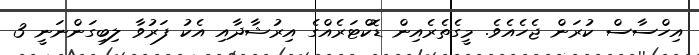
އިހްސާސް ކުރަން ޖެހެއެވެ. މީގެތެރެއިން ޑޮކްޓަރެއްގެ އިރުޝާދާއި އެކު ފަރުވާ ލިބިގަންނަނީ 3